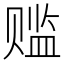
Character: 𬥾